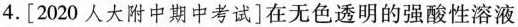
4. [2020人大附中期中考试]在无色透明的强酸性溶液